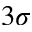
3 \sigma